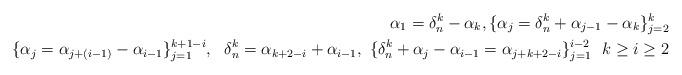
LaTeX: \begin{align*} \alpha_1= \delta_n^k-\alpha_k, \{\alpha_j= \delta_n^k+\alpha_{j-1}- \alpha_k\}_{j=2}^k \\ \{\alpha_j=\alpha_{j+(i-1)}-\alpha_{i-1}\}_{j=1}^{k+1-i}, \ \ \delta_{n}^k=\alpha_{k+2-i}+\alpha_{i-1}, \ \{\delta_n^k+\alpha_{j}- \alpha_{i-1}= \alpha_{j+k+2-i}\}_{j=1}^{i-2} \ \ k\geq i \geq 2 \end{align*}